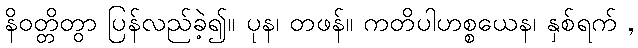
နိဝတ္တိတွာ ပြန်လည်ခဲ့၍။ ပုန၊ တဖန်။ ကတိပါဟစ္စယေန၊ နှစ်ရက် ,